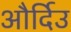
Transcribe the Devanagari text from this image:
और्दिउ